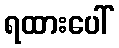
ရထားပေါ်